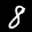
Label: 8